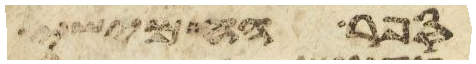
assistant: תספרו חמשים